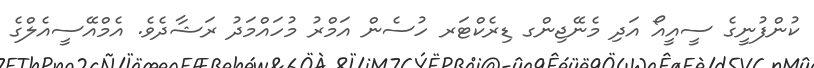
ކުންފުނީގެ ސީއީއޯ އަދި މެނޭޖިންގ ޑިރެކްޓަރ ހުސެން އަމްރު މުހައްމަދު ރަޝާދެވެ. އެމްއޭސީއެލްގެ